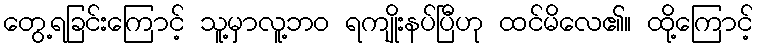
တွေ့ရခြင်းကြောင့် သူ့မှာလူ့ဘဝ ရကျိုးနပ်ပြီဟု ထင်မိလေ၏။ ထို့ကြောင့်